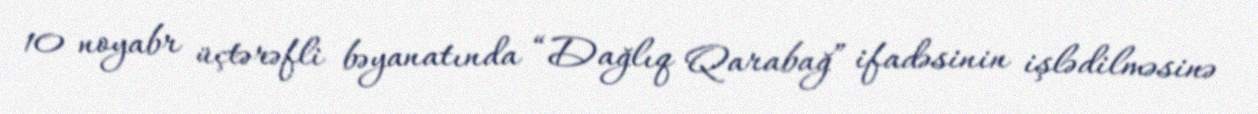
10 noyabr üçtərəfli bəyanatında “Dağlıq Qarabağ” ifadəsinin işlədilməsinə